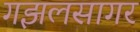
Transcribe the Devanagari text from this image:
गझलसागर